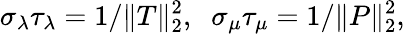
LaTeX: \sigma_{\lambda}\tau_{\lambda}=1/\| T\| _{2}^{2},\; \; \sigma_{\mu}\tau_{\mu}=1/\| P\| _{2}^{2},